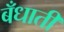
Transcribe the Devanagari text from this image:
बँधाती